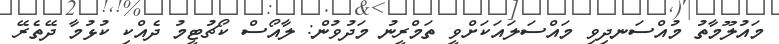
މައުލޫމާތު މުއްސަނދިވި މައްސަލައަކަށްވީ ތަމްރީނު މަދުވުން: ލާއޯސް ކޯޗުޓީމު ދެއްކި ކުޅުމާ ދޭތެރޭ